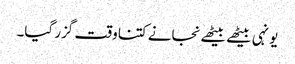
یونہی بیٹھے بیٹھے نجانے کتنا وقت گزر گیا۔